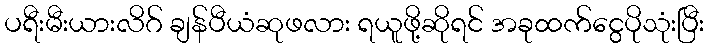
ပရီးမီးယားလိဂ် ချန်ပီယံဆုဖလား ရယူဖို့ဆိုရင် အခုထက်ငွေပိုသုံးပြီး